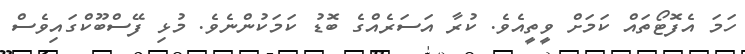
ހަމަ އެފޮޓޯތައް ކަމަށް ވީތީއެވެ. ކުރާ އަސަރެއްގެ ބޮޑު ކަމަކުންނެވެ. މުޅި ފޭސްބޫކްގައިވެސް